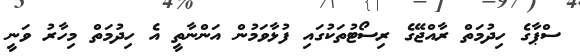
ސްޕާގެ ހިދުމަތް ރާއްޖޭގެ ރިސޯޓުތަކުގައި ފުޅާވަމުން އަންނާތީ އެ ހިދުމަތް މިހާރު ވަނީ